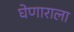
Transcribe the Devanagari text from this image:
घेणाराला